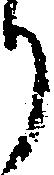
り